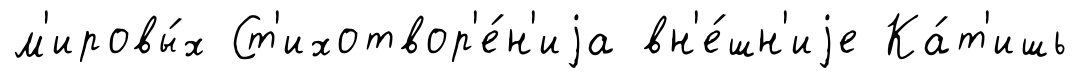
м'ировы́х Ст'ихотвор'е́н'иjа вн'е́шн'иjе Ка́т'ишь